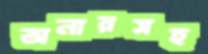
অনারসহ